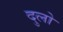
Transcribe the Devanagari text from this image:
दुलो